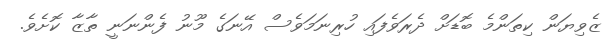
ޒެވިޔަން ކިތަންމެ ބޮޑަށް ދެރަވެފައި ހުރިނަމަވެސް އޭނަގެ މޫނު ފެންނަނީ ތާޒާ ކޮށެވެ.